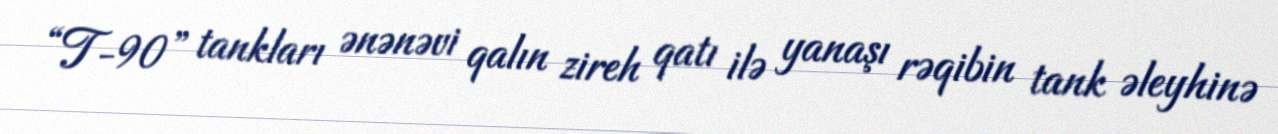
“T-90” tankları ənənəvi qalın zireh qatı ilə yanaşı rəqibin tank əleyhinə